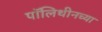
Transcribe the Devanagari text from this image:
पॉलिथीनच्या